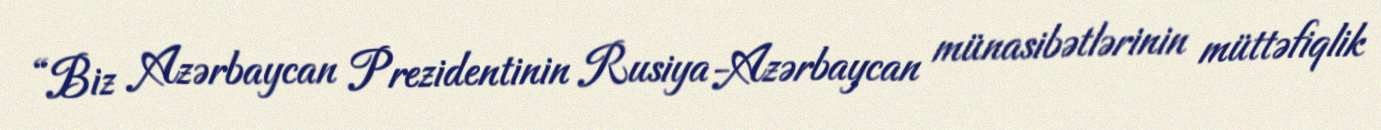
“Biz Azərbaycan Prezidentinin Rusiya-Azərbaycan münasibətlərinin müttəfiqlik